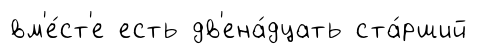
вм'е́ст'е есть дв'ена́дцать ста́рший